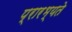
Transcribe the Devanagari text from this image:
प्रारभ्यते